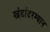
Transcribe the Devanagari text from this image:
खंडांदरम्यान